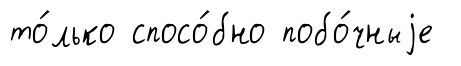
то́лько спосо́бно побо́чныjе